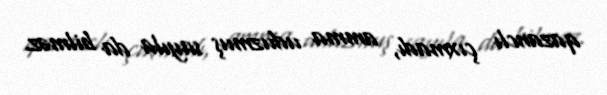
qazanclı çıxmadı, amma uduzmuş sayıla da bilməz.